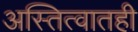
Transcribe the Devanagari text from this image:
अस्तित्वातही